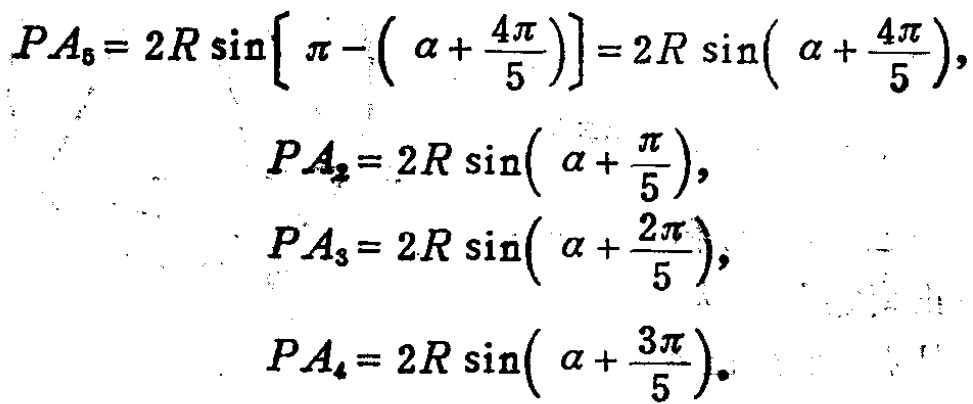
\[
\begin{align*}
PA_{5}&=2R\sin\left[\pi - \left(\alpha+\frac{4\pi}{5}\right)\right]=2R\sin\left(\alpha+\frac{4\pi}{5}\right),\\
PA_{2}&=2R\sin\left(\alpha+\frac{\pi}{5}\right),\\
PA_{3}&=2R\sin\left(\alpha+\frac{2\pi}{5}\right),\\
PA_{4}&=2R\sin\left(\alpha+\frac{3\pi}{5}\right).
\end{align*}
\]